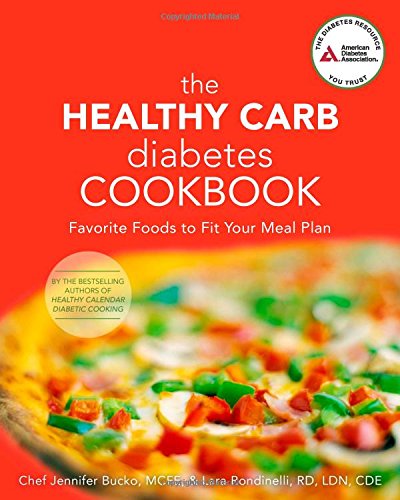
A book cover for The Healthy Carb Diabetes Cookbook: Favorite Foods to Fit Your Meal Plan; Jennifer Bucko Lamplough; Health, Fitness & Dieting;